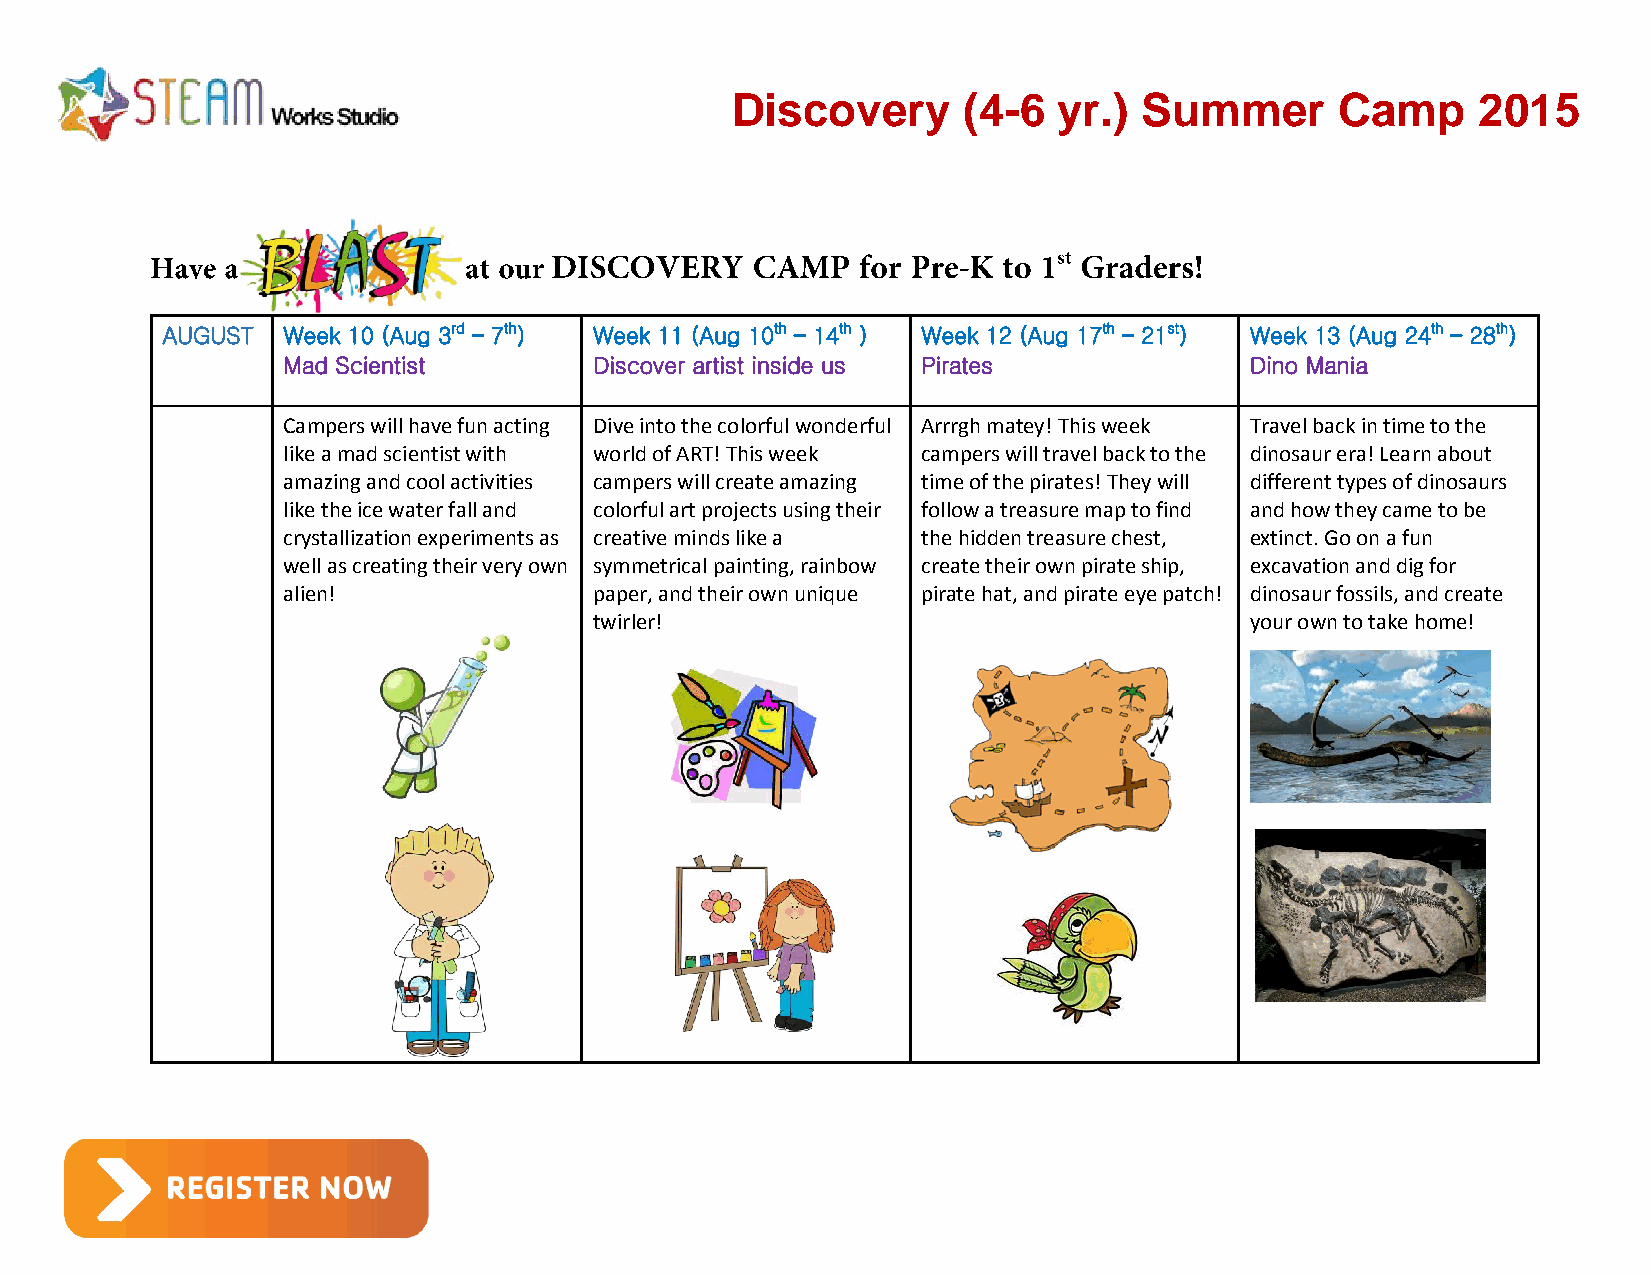
Discovery       (4-6  yr.)  Summer       Camp     2015
 AUGUST  Week 10 (Aug 3rd – 7th) Week 11 (Aug 10th – 14th ) Week 12 (Aug 17th – 21st) Week 13 (Aug 24th – 28th)
 Mad Scientist       Discover artist inside us Pirates           Dino Mania
 Campers will have fun acting Dive into the colorful wonderful Arrrgh matey! This week Travel back in time to the
 like a mad scientist with world of ART! This week campers will travel back to the dinosaur era! Learn about
 amazing and cool activities campers will create amazing time of the pirates! They will different types of dinosaurs
 like the ice water fall and colorful art projects using their follow a treasure map to find and how they came to be
 crystallization experiments as creative minds like a the hidden treasure chest, extinct. Go on a fun
 well as creating their very own symmetrical painting, rainbow create their own pirate ship, excavation and dig for
 alien!              paper, and their own unique pirate hat, and pirate eye patch! dinosaur fossils, and create
 twirler!                                    your own to take home!